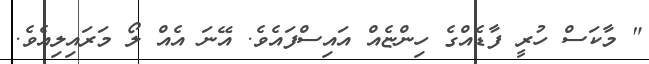
" މާކަސް ހުރީ ފާޑެއްގެ ހިންޏެއް އައިސްފައެވެ. އޭނަ އެއް ލޯ މަރައިލިއެވެ.